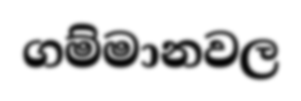
ගම්මානවල